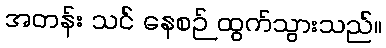
အတန်း သင် နေစဉ် ထွက်သွားသည်။